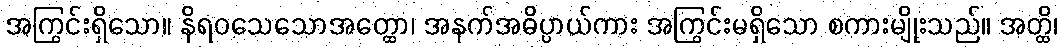
အကြွင်းရှိသော။ နိရဝသေသောအတ္ထော၊ အနက်အဓိပ္ပာယ်ကား အကြွင်းမရှိသော စကားမျိုးသည်။ အတ္ထိ၊